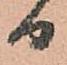
日